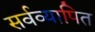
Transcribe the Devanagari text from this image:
सर्वव्यापित